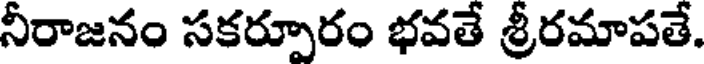
నీరాజనం సకర్పూరం భవతే శ్రీరమాపతే.